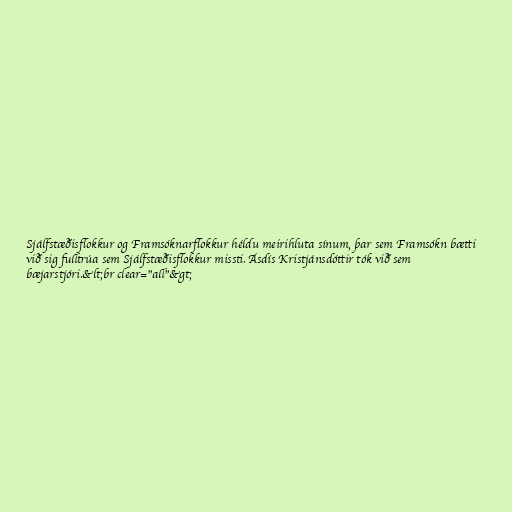
Sjálfstæðisflokkur og Framsóknarflokkur héldu meirihluta sínum, þar sem Framsókn bætti
við sig fulltrúa sem Sjálfstæðisflokkur missti. Ásdís Kristjánsdóttir tók við sem
bæjarstjóri.&lt;br clear="all"&gt;